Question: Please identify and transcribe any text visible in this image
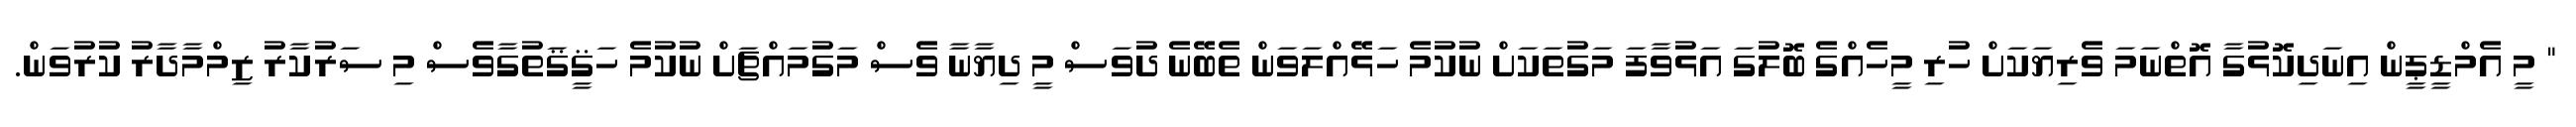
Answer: " މީ އެމްޑީޕީން އިނަދިކޮޅުގާ އޮތްނަމަ ވެރިޔަކަށް ހުރި މީހެއްގެ ބޮލުގަ އަޅުވާފަ މަގުތަކަށް ނުކުމެ ހަޅޭއްލަވަން ތެބޭނެ ދުވަސް މީ ދިޔާނާ ވެސް މަގުމައްޗަށް ނުކުމެ ހަޤީޤަތުގާވެސް މި ސަރުކާރު ޒިމްމާދާރު ކުރުވަން.